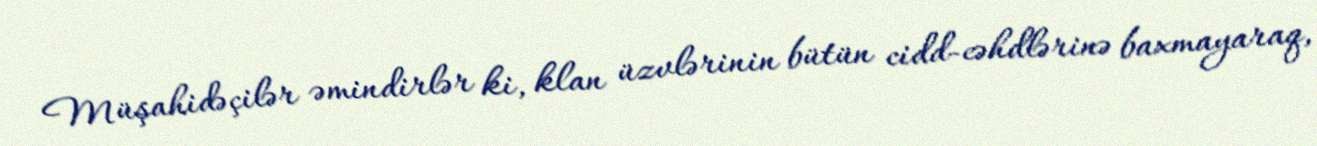
Müşahidəçilər əmindirlər ki, klan üzvlərinin bütün cidd-cəhdlərinə baxmayaraq,